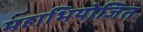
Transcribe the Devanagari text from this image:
महाभियोजित